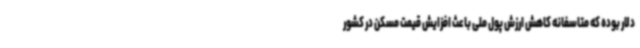
دلار بوده که متاسفانه کاهش ارزش پول ملی باعث افزایش قیمت مسکن در کشور